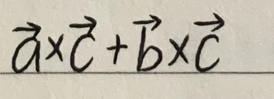
$\vec{a}\times\vec{c}+\vec{b}\times\vec{c}$